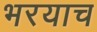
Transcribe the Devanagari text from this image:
भरयाच